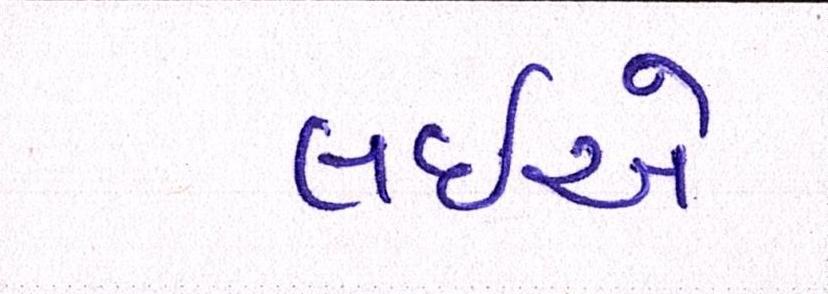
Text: લઈએ